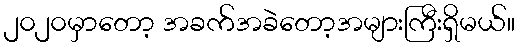
၂၀၂၀မှာတော့ အခက်အခဲတော့အများကြီးရှိမယ်။